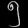
Digit: ၅